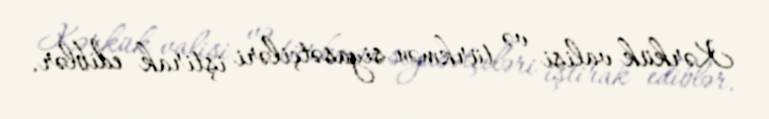
Kərkük valisi və türkmən siyasətçiləri iştirak ediblər.